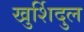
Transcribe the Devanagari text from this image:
खुर्शिदुल